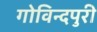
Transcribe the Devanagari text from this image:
गोविन्दपुरी